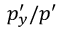
p _ { y } ^ { \prime } / { p ^ { \prime } }